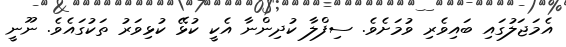
އެމަޖަލުގައި ބައިވެރި ވުމަށެވެ. ސިފްލާ ކުދިންނާ އެކީ ކުޅޭ ކުޅިވަރު ތަކުގައެވެ. ނޫނީ